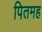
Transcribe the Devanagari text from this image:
पितमह